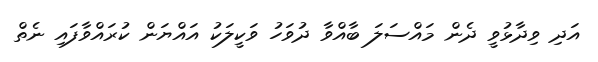
އަދި ވިދާޅުވީ ދެން މައްސަލަ ބާއްވާ ދުވަހު ވަކީލަކު އައްޔަން ކުރައްވާފައި ނެތް